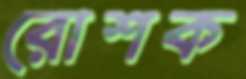
রোশক